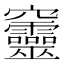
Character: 𥩔